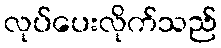
လုပ်ပေးလိုက်သည်